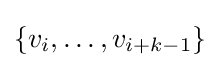
\{v_{i},\dots ,v_{i+k-1}\}